Tartu_linnavalitsus, lk 80
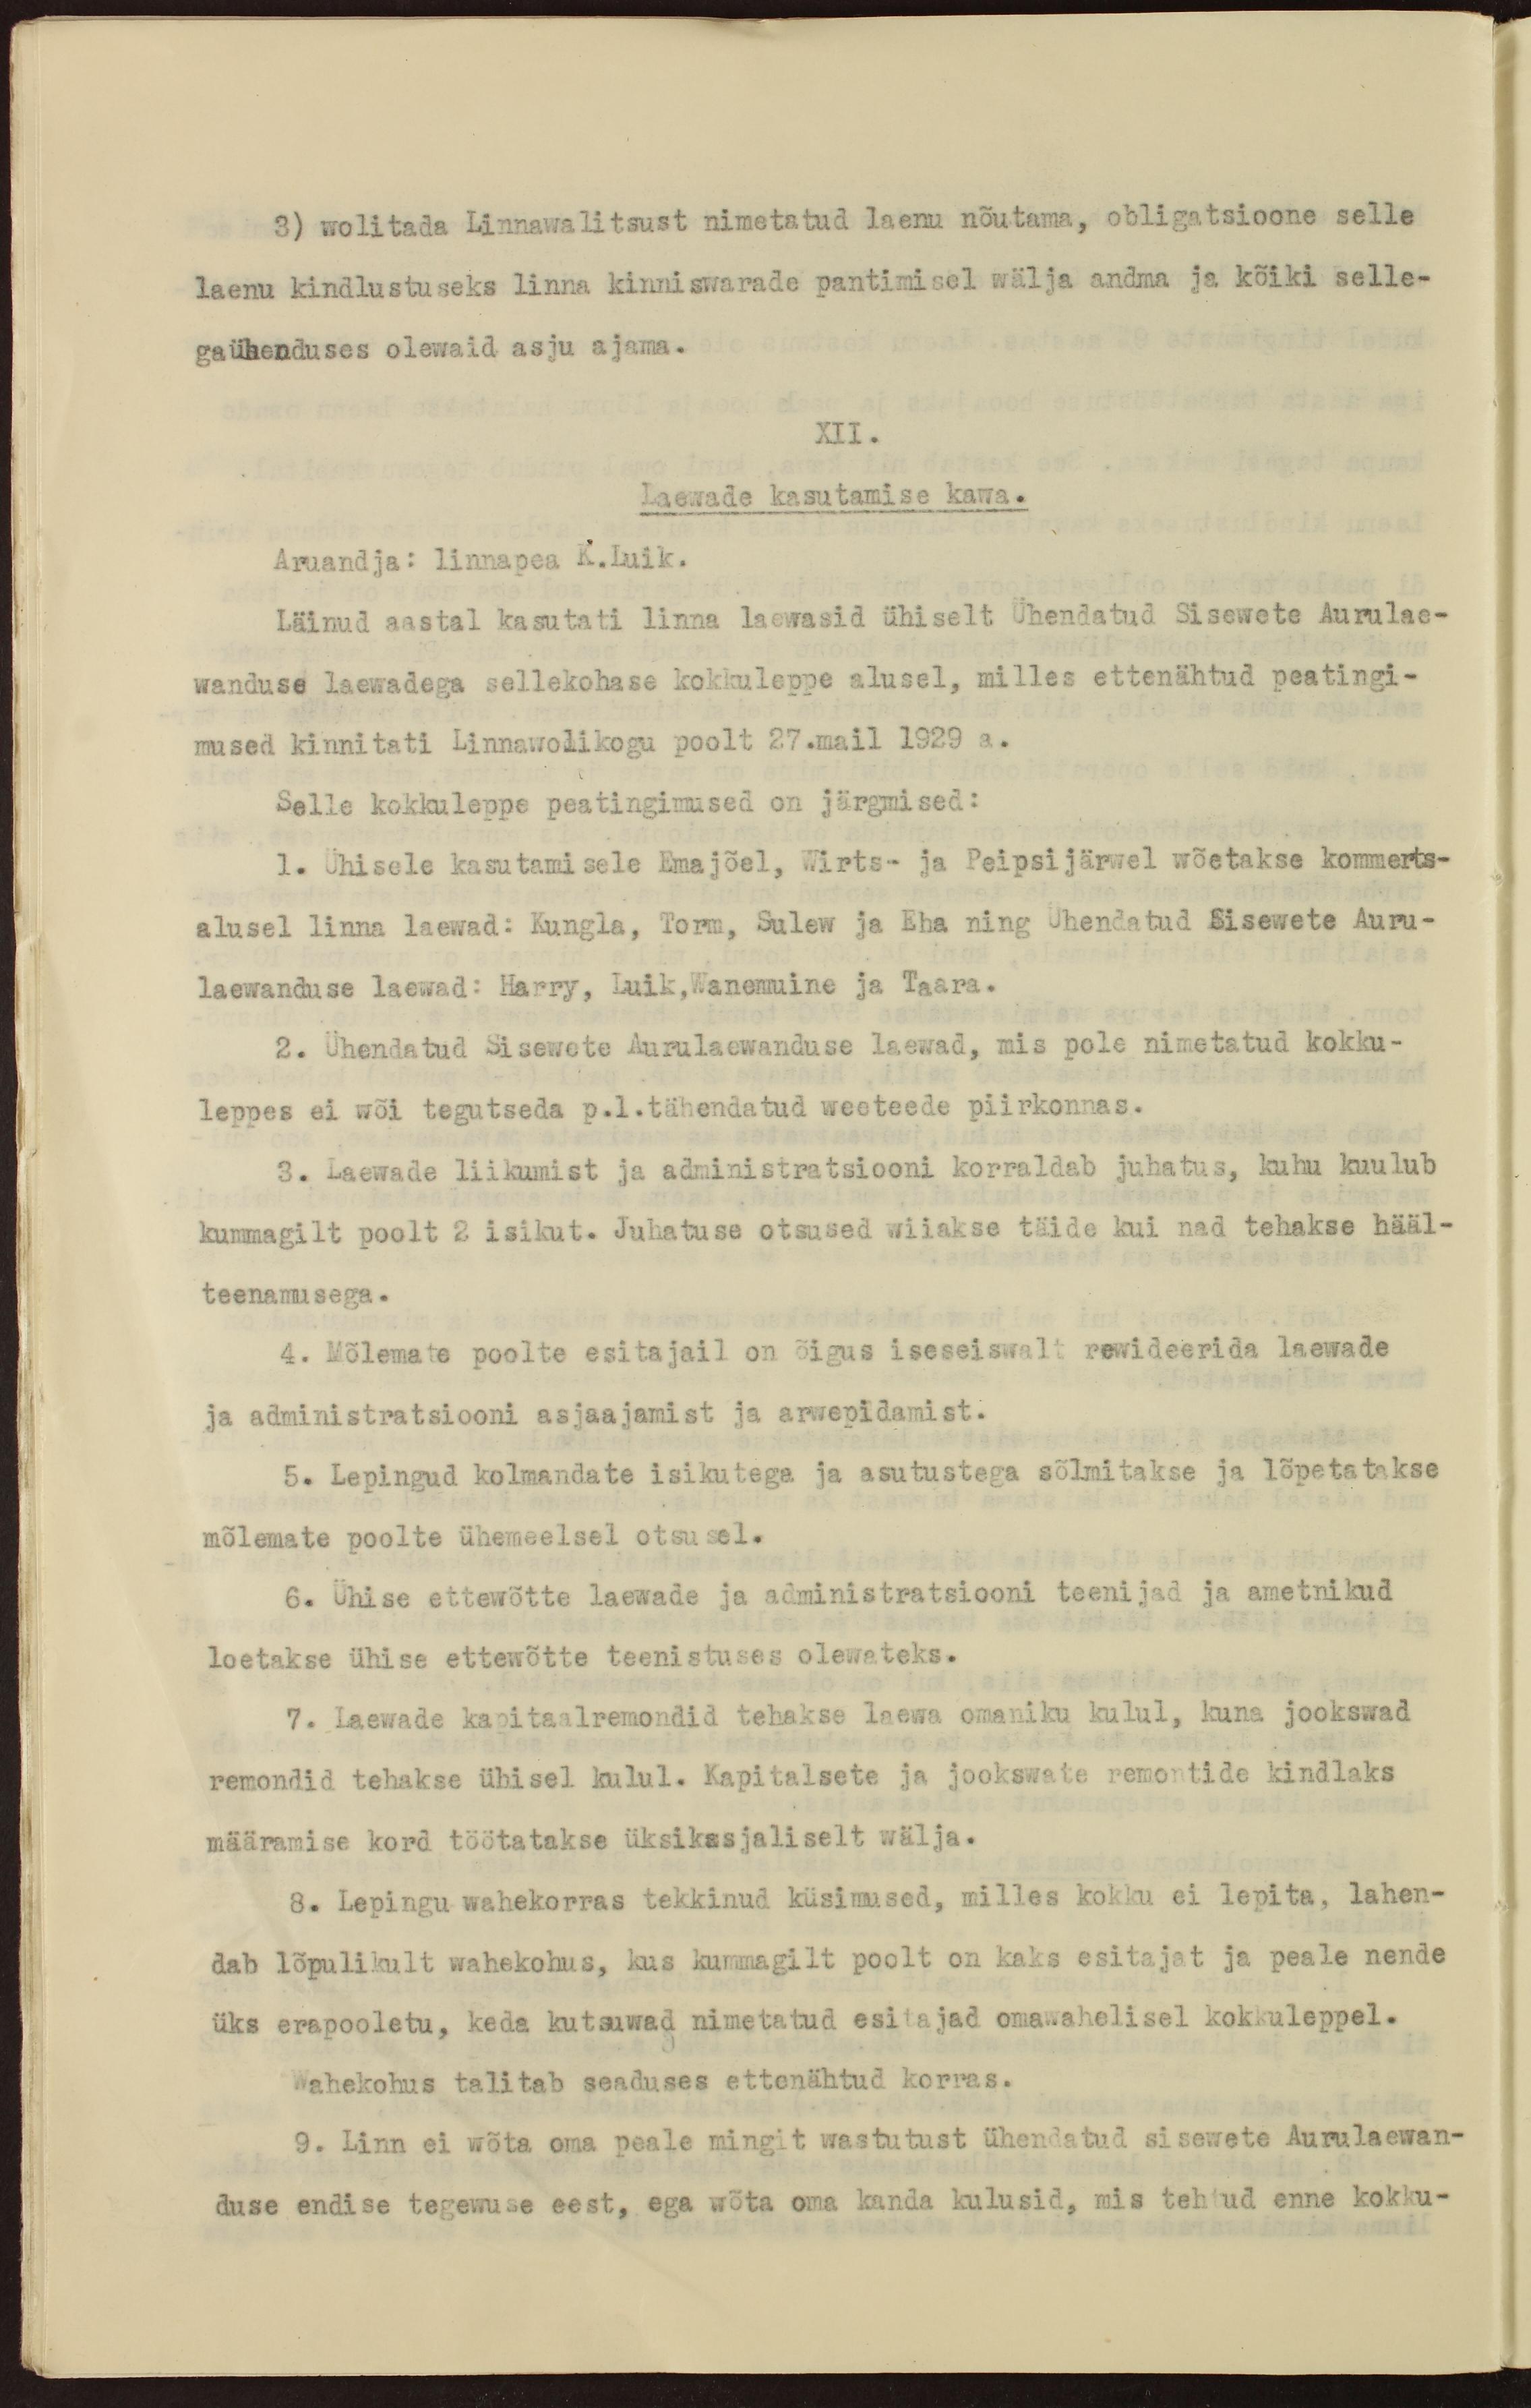
3) wolitada Linnawalitsust nimetatud laenu nõutama, obligatsioone selle
laenu kindlustuseks linna kinniswarade pantimisel wälja andma ja kõiki selle-
gaühenduses olewaid asju ajama.
XII.
Laewade kasutamise kawa.
Aruandja: linnapea K.Luik.
Läinud aastal kasutati linna laewasid ühiselt Ühendatud Sisewete Aurulae-
wanduse laewadega sellekohase kokkuleppe alusel, milles ettenähtud peatingi-
mused kinnitati Linnawolikogu poolt 27.mail 1929 a.
Selle kokkuleppe peatingimused on järgmised:
1. Ühisele kasutamisele Emajõel, Wirts- ja Peipsijärwel wõetakse kommerts-
alusel linna laewad: Kungla, Torm, Sulew ja Eha ning Ühendatud Sisewete Auru-
laewanduse laewad: Harry, Luik, Wanemuine ja Taara.
2. Ühendatud Sisewete Aurulaewanduse laewad, mis pole nimetatud kokku-
leppes ei wõi tegutseda p.1. tähendatud weeteede piirkonnas.
3. Laewade liikumist ja administratsiooni korraldab juhatus, kuhu kuulub
kummagilt poolt 2 isikut. Juhatuse otsused wiiakse täide kui nad tehakse hääl-
teenamusega.
4. Mõlemate poolte esitajail on õigus iseseiswalt rewideerida laewade
ja administratsiooni asjaajamist ja arwepidamist.
5. Lepingud kolmandate isikutega ja asutustega sõlmitakse ja lõpetatakse
mõlemate poolte ühemeelsel otsusel.
6. Ühise ettewõtte laewade ja administratsiooni teenijad ja ametnikud
loetakse ühise ettewõtte teenistuses olewateks.
7. Laewade kapitaalremondid tehakse laewa omaniku kulul, kuna jookswad
remondid tehakse ühisel kulul. Kapitalsete ja jookswate remontide kindlaks
määramise kord töötatakse üksikasjaliselt wälja.
8. Lepingu wahekorras tekkinud küsimused, milles kokku ei lepita, lahen-
dab lõpulikult wahekohus, kus kummagilt poolt on kaks esitajat ja peale nende
üks erapooletu, keda kutsuwad nimetatud esitajad omawahelisel kokkuleppel.
Wahekohus talitab seaduses ettenähtud korras.
9. Linn ei wõta oma peale mingit wastutust ühendatud sisewete Aurulaewan-
duse endise tegewuse eest, ega wõta oma kanda kulusid, mis tehtud enne kokku-